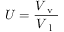
U = \frac { V _ { \mathrm { ~ v ~ } } } { V _ { \mathrm { ~ l ~ } } }